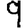
Digit: 9